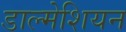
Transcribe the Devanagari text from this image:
डाल्मेशियन